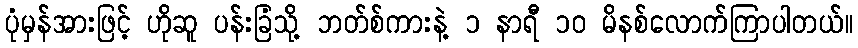
ပုံမှန်အားဖြင့် ဟိုဆူ ပန်းခြံသို့ ဘတ်စ်ကားနဲ့ ၁ နာရီ ၁၀ မိနစ်လောက်ကြာပါတယ်။